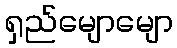
ရှည်မျောမျော